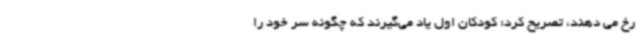
رخ می دهند، تصریح کرد: کودکان اول یاد می‌گیرند که چگونه سر خود را